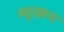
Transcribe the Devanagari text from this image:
ब्युत्क्रम